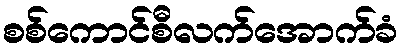
စစ်ကောင်စီလက်အောက်ခံ